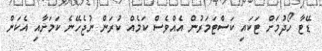
ޑޭޓާ ހޯދުމަށް ޓަކައި ކަސްޓަމަރުން އެއްވެސް ކަމެއް ކުރަން ނުޖެހޭނެ ކަމަށާއި އެކަން